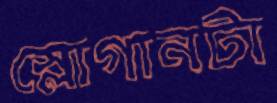
স্লোগানটা